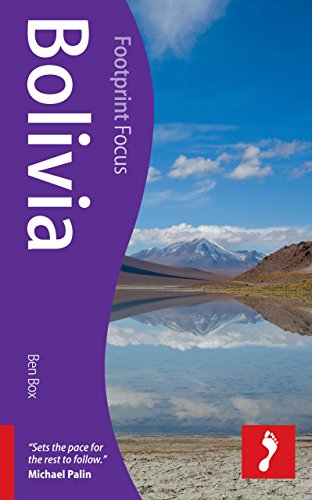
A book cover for Bolivia (Footprint Focus); Ben Box; Travel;